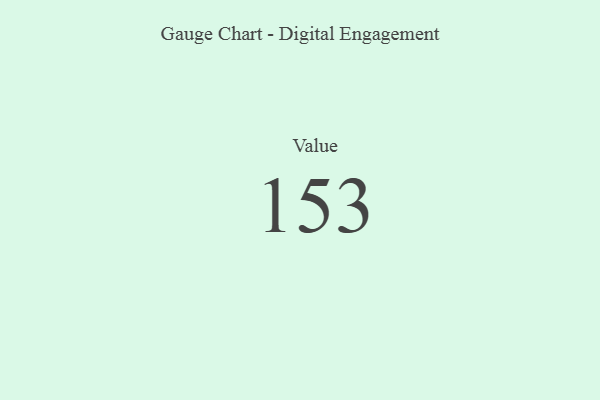
{"axis": {"x": "Metric", "y": "Value"}, "legend": [""], "data": [{"x": "Value", "y": 153, "type": ""}]}